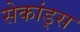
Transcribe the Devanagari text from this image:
सेकांड्स